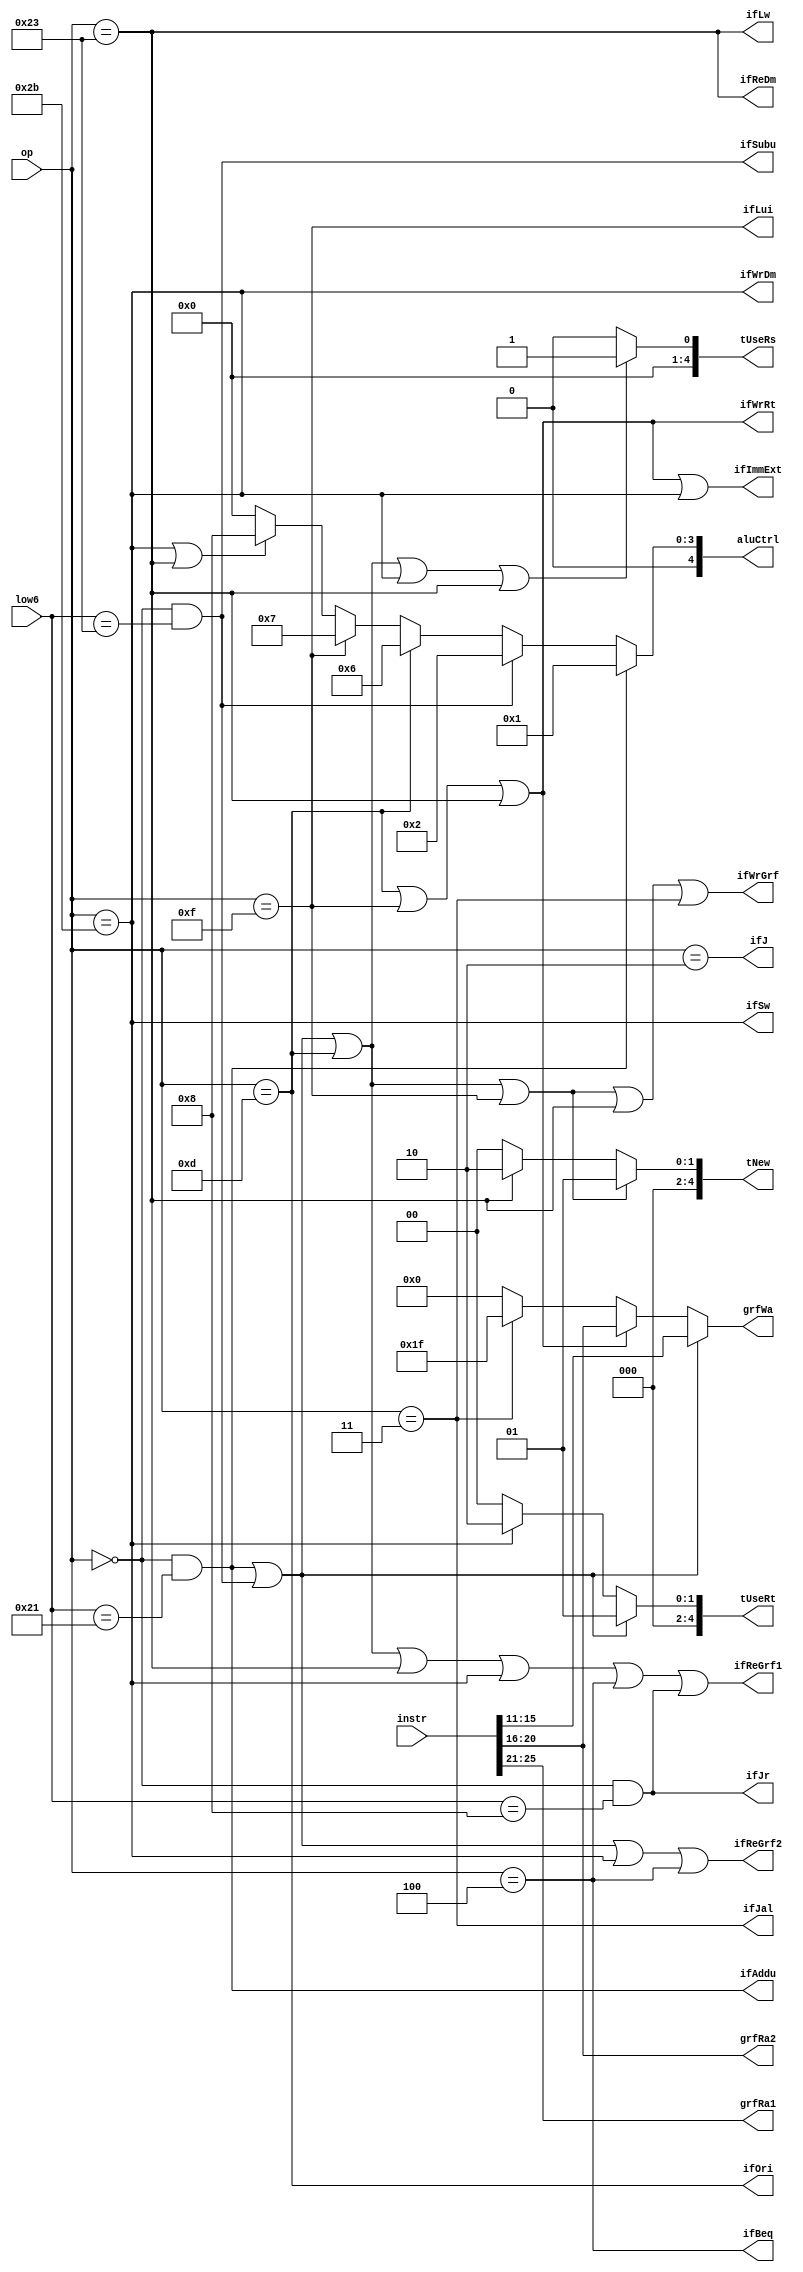
`timescale 1ns / 1ps
//////////////////////////////////////////////////////////////////////////////////
// Company: 
// Engineer: 
// 
// Design Name: 
// Module Name:    Controller 
// Project Name: 
// Target Devices: 
// Tool versions: 
// Description: 
//
// Dependencies: 
//
// Revision: 
// Revision 0.01 - File Created
// Additional Comments: 
//
//////////////////////////////////////////////////////////////////////////////////
module Controller(
	input [5:0]op,
	input [5:0]low6,
	input [31:0]instr,
	
	output [4:0]aluCtrl,
	output ifWrGrf,
	output ifWrRt,
	output ifImmExt,
	output ifReDm,
	output ifWrDm,
	output ifBeq,
	output ifJal,
	output ifJr,
	output ifJ,
		output ifReGrf1,
		output ifReGrf2,
		output [4:0]grfRa1,
		output [4:0]grfRa2,
		output [4:0]grfWa,
		output [4:0]tUseRs,
		output [4:0]tUseRt,
		output [4:0]tNew,
	output ifAddu,
	output ifSubu,
	output ifOri,
	output ifLui,
	output ifLw,
	output ifSw
    );

	wire addu, subu, ori, lw, sw, beq, lui, jal, jr, j;
	
	assign addu = ((op == 6'b000000) && (low6 == 6'b100001));
	assign subu = ((op == 6'b000000) && (low6 == 6'b100011));
	assign ori = (op == 6'b001101);
	assign lui = (op == 6'b001111);
	assign lw = (op == 6'b100011);
	assign sw = (op == 6'b101011);
	assign beq = (op == 6'b000100);
	assign jal = (op == 6'b000011);
	assign jr = ((op == 6'b000000) && (low6 == 6'b001000));
	assign j = (op == 6'b000010);
	///////////
	assign aluCtrl = (addu)? 1:
						  (subu)? 2:
						  (ori)? 6:
						  (lui)? 7:
						  (sw || lw)? 8:
						  0;
	assign ifWrGrf = addu || subu || ori || lui || lw || jal;
	assign ifWrRt = ori || lui || lw;
	assign ifImmExt = ori || lui || lw || sw;
	assign ifReDm = lw;
	assign ifWrDm = sw;
	assign ifBeq = beq;
	assign ifJal = jal;
	assign ifJr = jr;
	assign ifJ = j;
	///////////
	assign ifReGrf1 = (addu || subu || ori || lw || sw || beq || jr);
	assign ifReGrf2 = (addu || subu || sw || beq);
	assign ifWrGrf = (addu || subu || ori || lui || lw || jal);
	assign grfRa1 = instr[25:21];//rs
	assign grfRa2 = instr[20:16];//rt
	assign grfWa = (addu || subu)? instr[15:11]:
						(ori || lui || lw)? instr[20:16]:
						(jal)? 31:
						0;
	assign tUseRs = (addu || subu || ori || sw || lw)? 1:
						 0;
	assign tUseRt = (addu || subu)? 1:
						 (sw)? 2:
						 0;
	assign tNew = (addu || subu || ori || lui)? 1:
					  (lw)? 2:
					  0;
	
	assign ifAddu = addu;
	assign ifSubu = subu;
	assign ifOri = ori;
	assign ifLui = lui;
	assign ifLw = lw;
	assign ifSw = sw;
endmodule